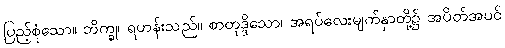
ပြည့်စုံသော။ ဘိက္ခု၊ ရဟန်းသည်။ စာတုဒ္ဒိသော၊ အရပ်လေးမျက်နှာတို့၌ အပိတ်အပင်